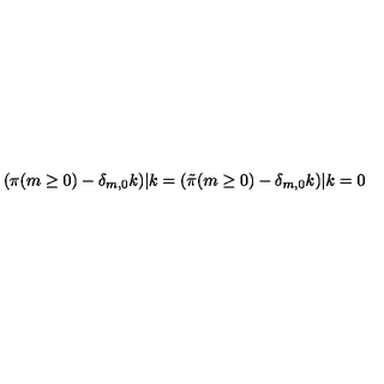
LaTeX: ( \pi ( m \ge 0 ) - \delta _ { m , 0 } k ) | k = ( { \tilde { \pi } } ( m \ge 0 ) - \delta _ { m , 0 } k ) | k = 0